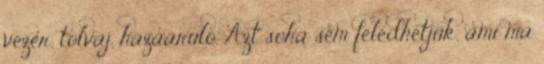
vezér, tolvaj, hazaáruló. Azt soha sem feledhetjük, ami ma